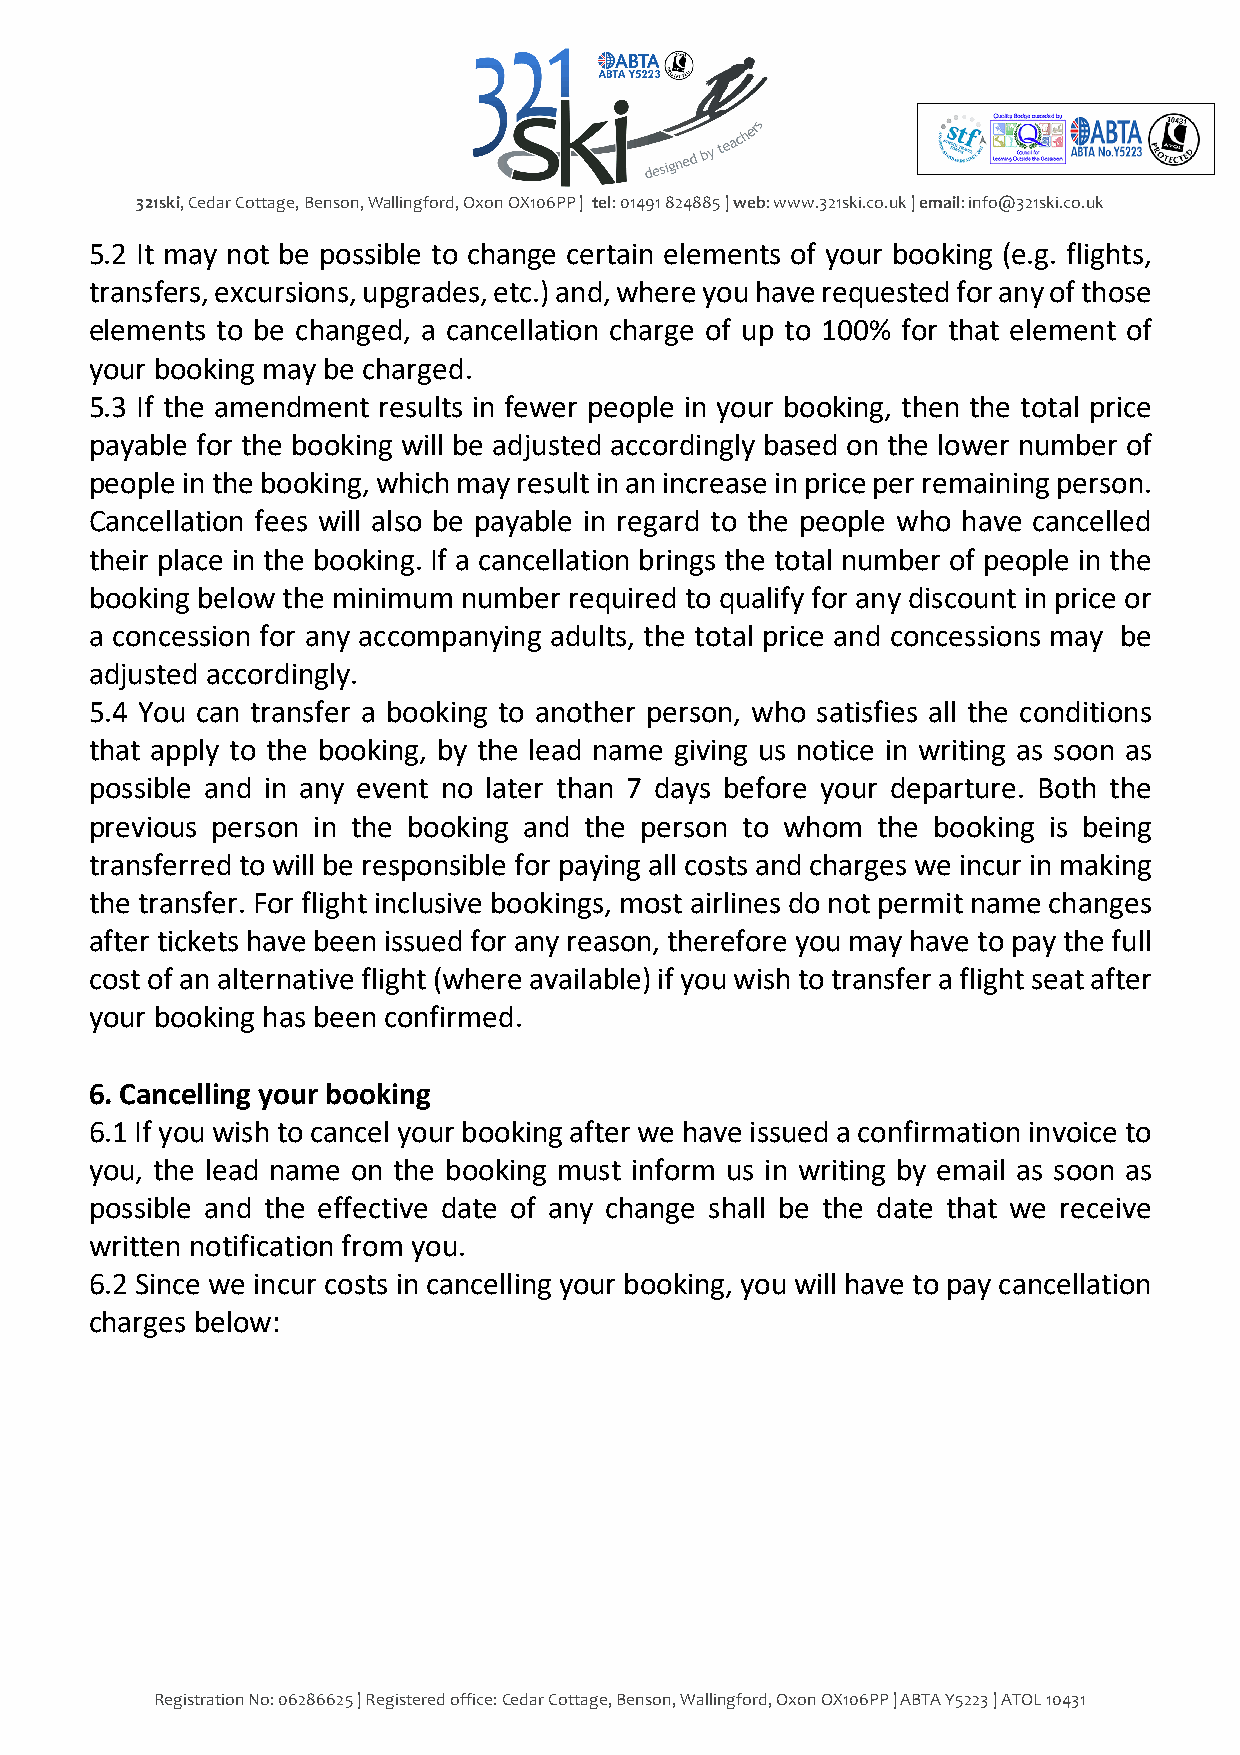
321ski, Cedar Cottage, Benson, Wallingford, Oxon OX106PP | tel: 01491 824885 | web: www.321ski.co.uk | email: info@321ski.co.uk
 5.2 It may not be possible to change certain elements of your booking (e.g. flights,
 transfers, excursions, upgrades, etc.) and, where you have requested for any of those
 elements to be changed, a cancellation charge of up to 100% for that element of
 your booking may be charged.
 5.3 If the amendment results in fewer people in your booking, then the total price
 payable for the booking will be adjusted accordingly based on the lower number of
 people in the booking, which may result in an increase in price per remaining person.
 Cancellation fees will also be payable in regard to the people who have cancelled
 their place in the booking. If a cancellation brings the total number of people in the
 booking below the minimum number required to qualify for any discount in price or
 a concession for any accompanying adults, the total price and concessions may be
 adjusted accordingly.
 5.4 You can transfer a booking to another person, who satisfies all the conditions
 that apply to the booking, by the lead name giving us notice in writing as soon as
 possible and in any event no later than 7 days before your departure. Both the
 previous person in the booking and the person to whom the booking is being
 transferred to will be responsible for paying all costs and charges we incur in making
 the transfer. For flight inclusive bookings, most airlines do not permit name changes
 after tickets have been issued for any reason, therefore you may have to pay the full
 cost of an alternative flight (where available) if you wish to transfer a flight seat after
 your booking has been confirmed.
 6. Cancelling your booking
 6.1 If you wish to cancel your booking after we have issued a confirmation invoice to
 you, the lead name on the booking must inform us in writing by email as soon as
 possible and the effective date of any change shall be the date that we receive
 written notification from you.
 6.2 Since we incur costs in cancelling your booking, you will have to pay cancellation
 charges below:
 Registration No: 06286625 | Registered office: Cedar Cottage, Benson, Wallingford, Oxon OX106PP | ABTA Y5223 | ATOL 10431